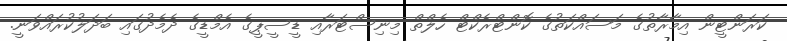
ކަރަންޓީން އިމާރާތުގެ މަސައްކަތުގެ ކޮންޓްރެކްޓް ހެލްތް މިނިސްޓަރާއި ޑީސީޕީގެ އެމްޑީގެ ދެމެދުގައި ބަދަލުކުރައްވަނީ.